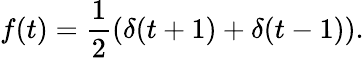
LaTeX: f(t)={\frac{1}{2}}(\delta(t+1)+\delta(t-1)).